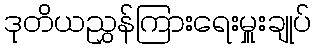
ဒုတိယညွှန်ကြားရေးမှူးချုပ်